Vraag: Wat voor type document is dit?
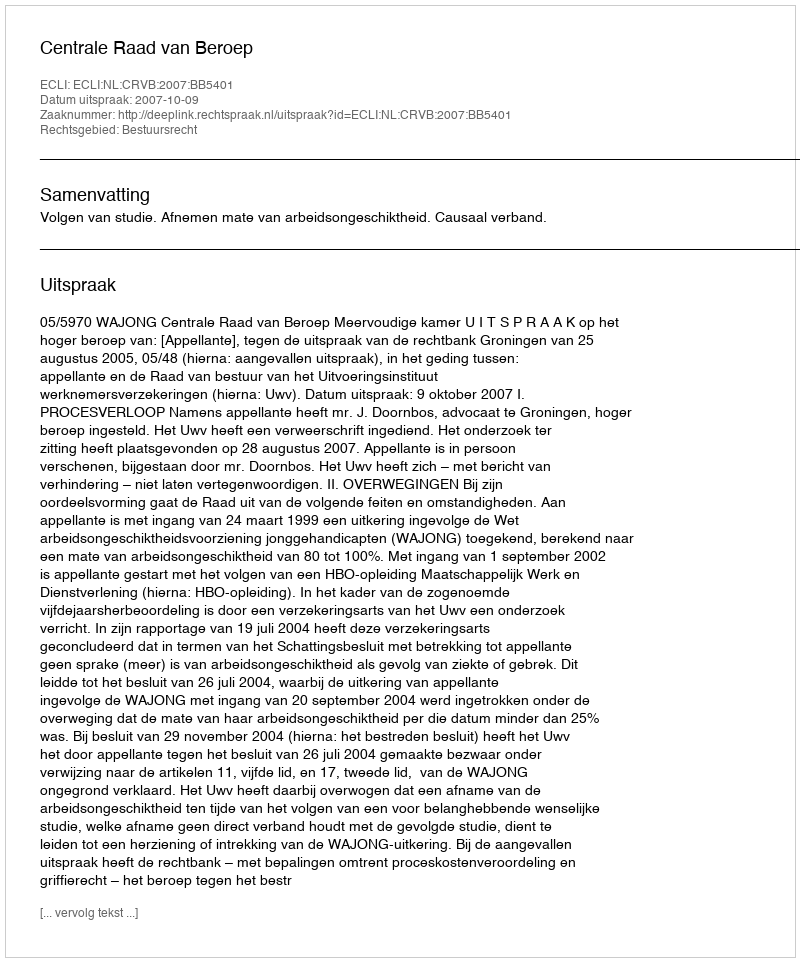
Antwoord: Uitspraak